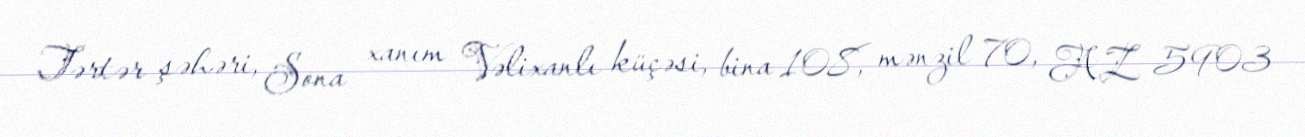
Tərtər şəhəri, Sona xanım Vəlixanlı küçəsi, bina 108, mənzil 70, AZ 5903